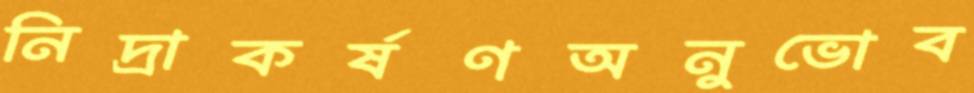
নিদ্রাকর্ষণঅনুভোব